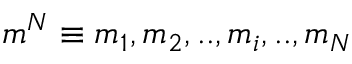
m ^ { N } \equiv m _ { 1 } , m _ { 2 } , . . , m _ { i } , . . , m _ { N }